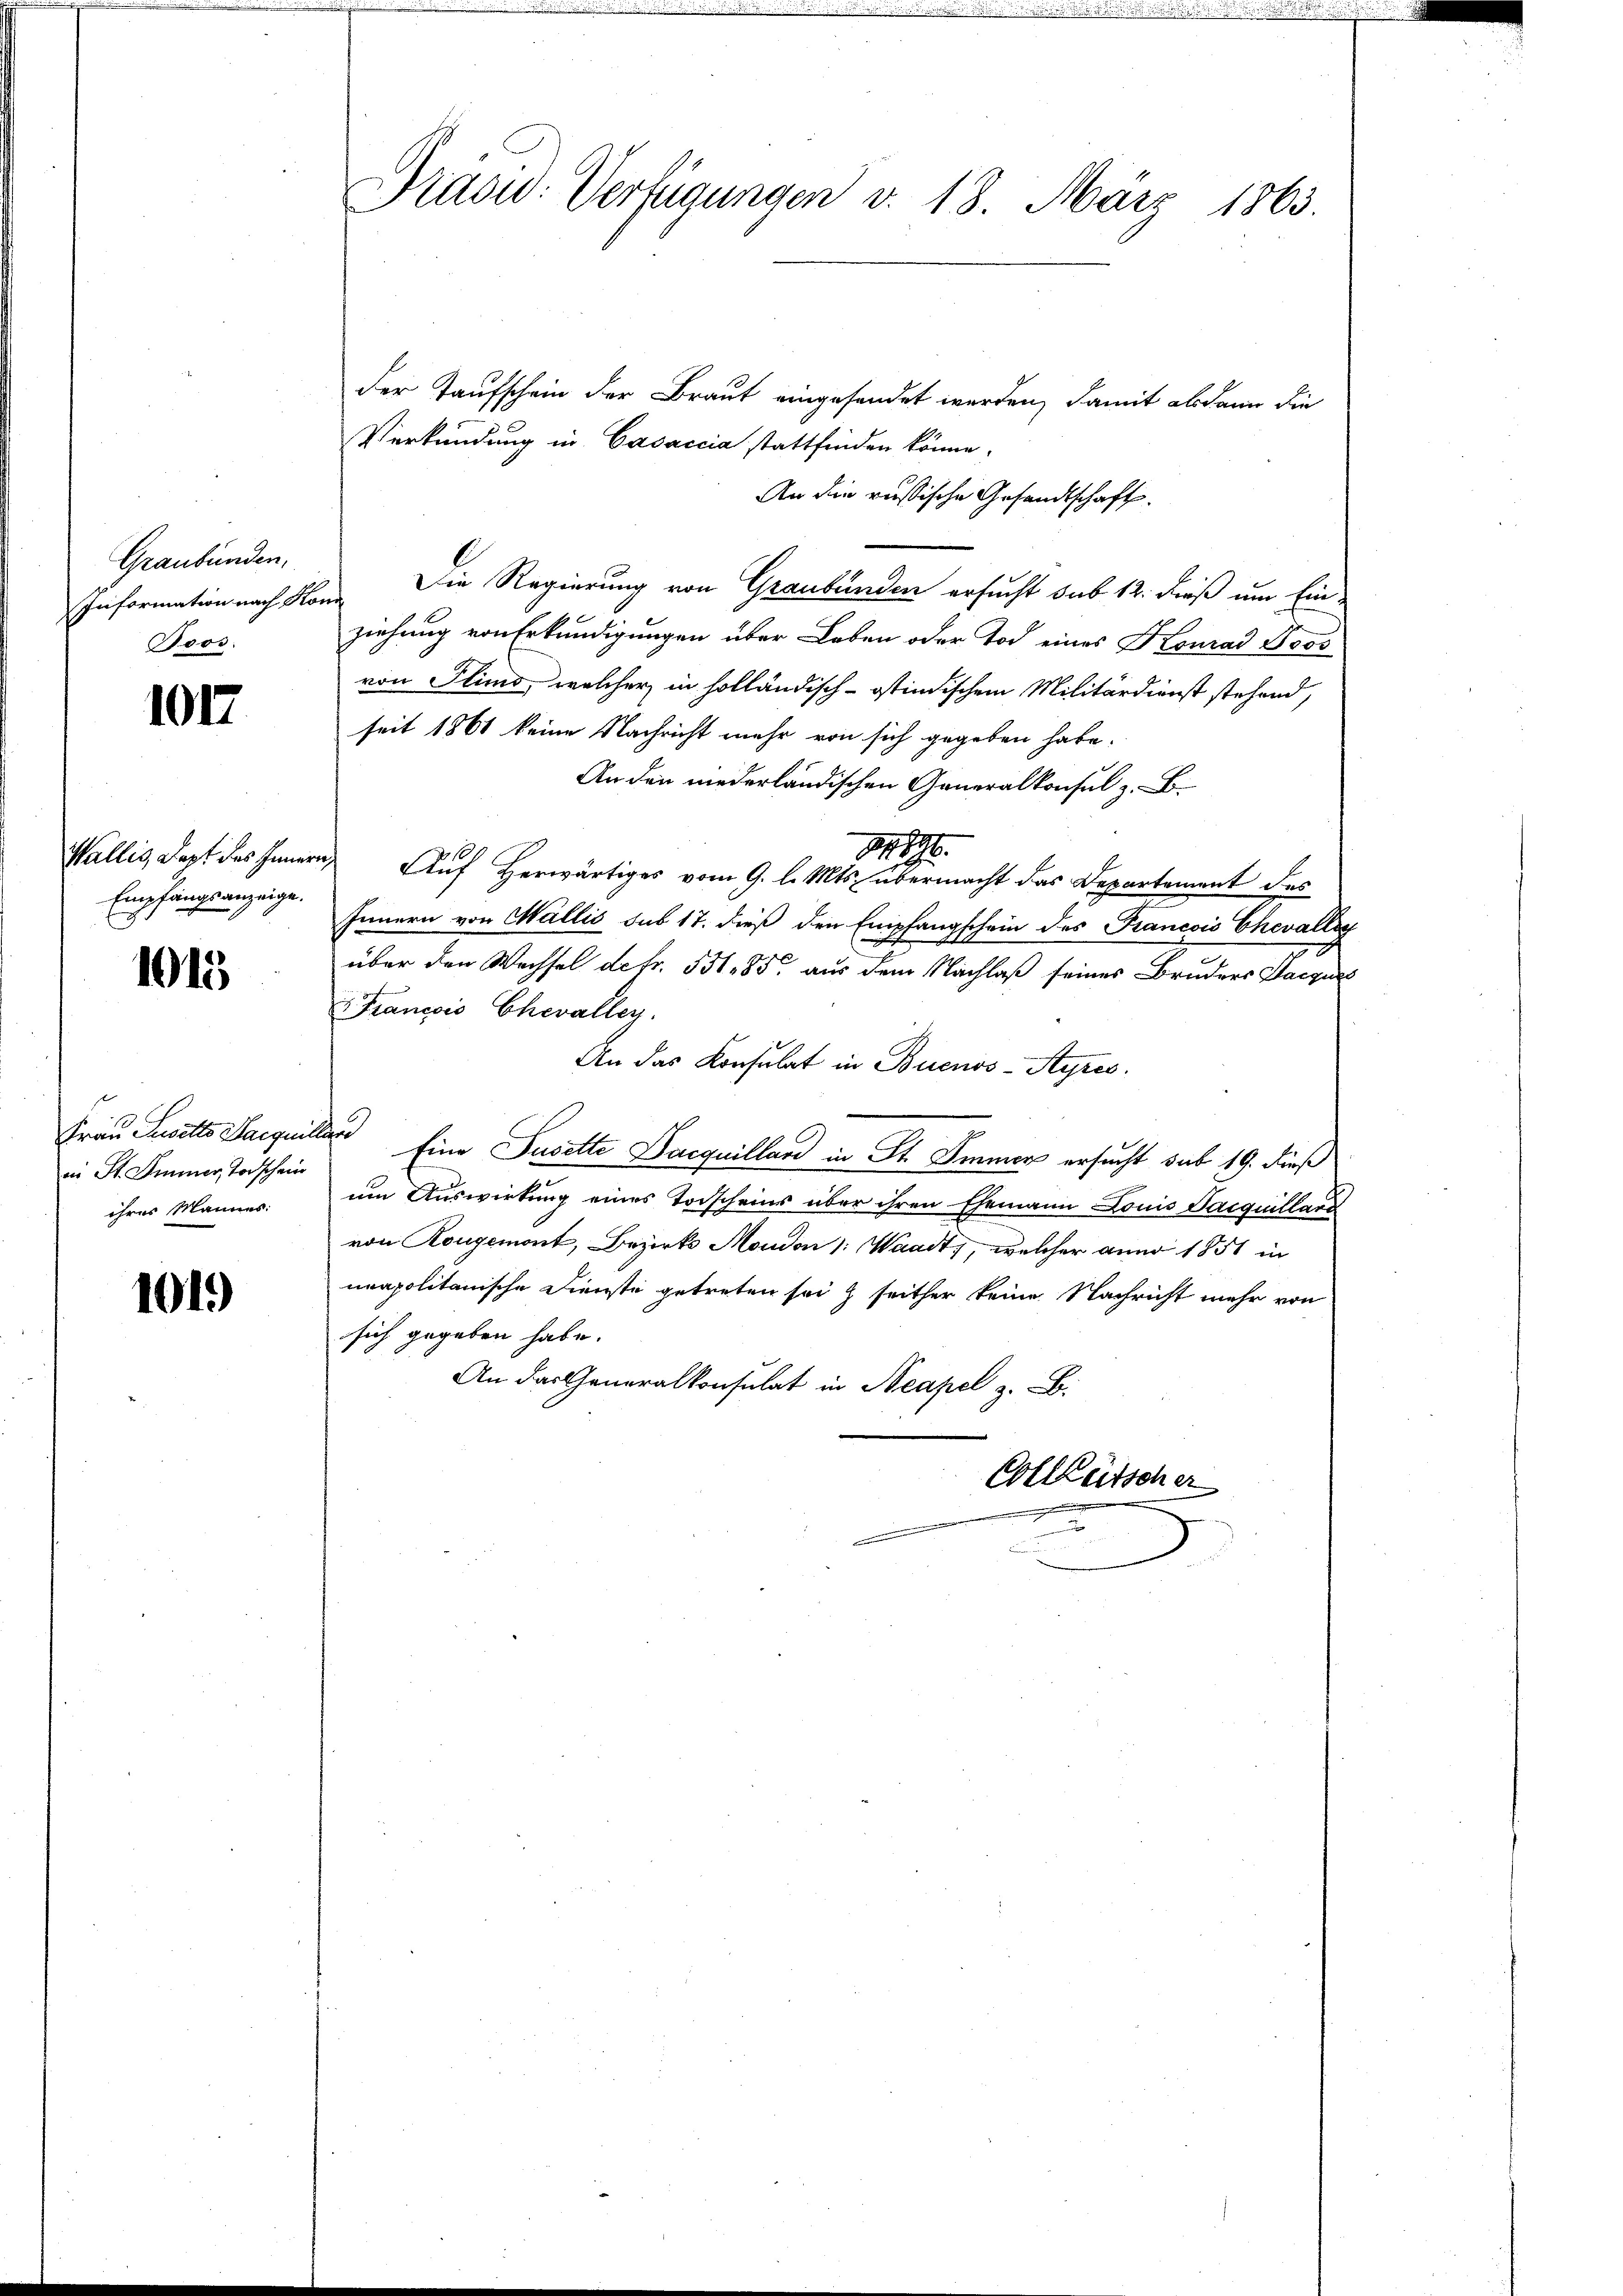
Graubünden,
Boos.

1017

Empfangsanzeige.

1015

in St. Immer Todschein
ihrer Mannes:

1019

Präsid. Verfügungen v. 18. März 1863.

der Taufschein der Braut eingesendet werden, damit alsdann die
Verkündung in Casaccia stattfinden könne.
An die russische Gesandtschaft.
Information nach von Die Regierung von Graubünden ersucht sub 12. dieß um Einziehung von Erkundigungen über Leben oder Tod eines Konrad Boos
von Ilimo, welcher in holländisch-ostindischem Militärdienst stehend,
seit 1861 keine Nachricht mehr von sich gegeben habe.
An den niederländischen Generalkonsul z. B.
896.
Wallis, dept des Innern Auf Herwärtiges vom 9. l. Mts. übermacht das Departement des
Innern von Wallis sub 17. dieß den Empfangschein des Francois Chevallig
über den Wachsel de fr. 531. 85. aus dem Nachlaß seines Bruders Kaczur
Francois Chevalley.
An das Konsulat in Buenos-Ayres.
Frau Susetto Jacquiller Eine Jusette Dacquilland in St. Immer ersucht sub 19. dieß
um Auswirkung eines Torscheins über ihren Ehemann Louis Jacquillard
von Rougemont, Bezirks Moudon : Waadt, welcher anno 1851 in
neapolitanische Dienste getreten sei & seither keine Nachricht mehr von
sich gegeben habe.
An das Generalkonsulat in Neapel z. B.
Colllütscher